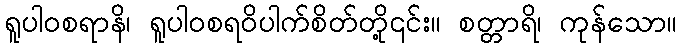
ရူပါဝစရာနိ၊ ရူပါဝစရဝိပါက်စိတ်တို့၎င်း။ စတ္တာရိ၊ ကုန်သော။